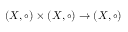
( X , \circ ) \times ( X , \circ ) \to ( X , \circ )